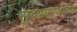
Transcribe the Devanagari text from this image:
सुव्यवस्थांचा